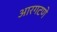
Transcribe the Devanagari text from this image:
आरगटणे